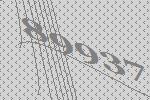
89937